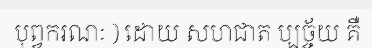
បុព្វករណៈ ) ដោយ សហជាត ប្បច្ច័យ គឺ